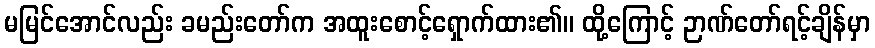
မမြင်အောင်လည်း ခမည်းတော်က အထူးစောင့်ရှောက်ထား၏။ ထို့ကြောင့် ဉာဏ်တော်ရင့်ချိန်မှာ